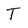
Character: T